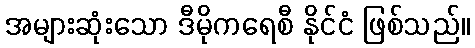
အများဆုံးသော ဒီမိုကရေစီ နိုင်ငံ ဖြစ်သည်။